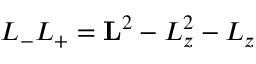
L _ { - } L _ { + } = \mathbf { L } ^ { 2 } - L _ { z } ^ { 2 } - L _ { z }